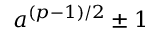
a ^ { ( p - 1 ) / 2 } \pm 1